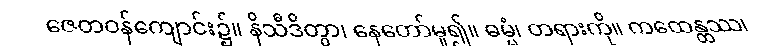
ဇေတဝန်ကျောင်း၌။ နိသီဒိတွာ၊ နေတော်မူ၍။ ဓမ္မံ၊ တရားကို။ ကထေန္တဿ၊